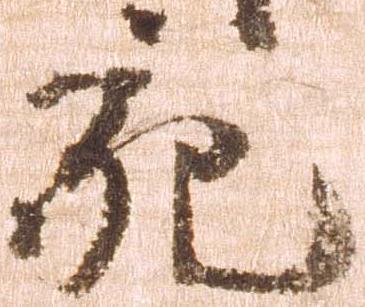
充